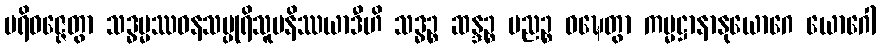
ပရိဝဇ္ဇေတွာ သဒ္ဓမ္မဿဝနသပ္ပုရိသူပနိဿယာဒီဟိ သဒ္ဓဉ္စ ဆန္ဒဉ္စ ပညဉ္စ ဝဍ္ဎေတွာ ကမ္မဋ္ဌာနာနုယောဂေ ယောဂေါ